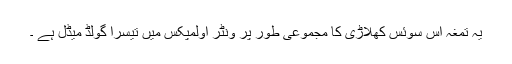
یہ تمغہ اس سوئس کھلاڑی کا مجموعی طور پر ونٹر اولمپکس میں تیسرا گولڈ میڈل ہے ۔